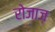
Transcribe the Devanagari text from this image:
रोजाज़